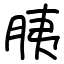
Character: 胰